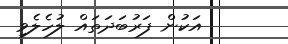
އަކުން ފަރުބަދަތައް ލުހެލެވި